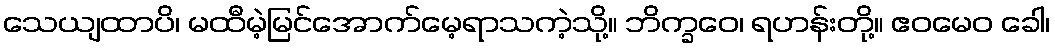
သေယျထာပိ၊ မထီမဲ့မြင်အောက်မေ့ရာသကဲ့သို့။ ဘိက္ခဝေ၊ ရဟန်းတို့။ ဧဝမေဝ ခေါ၊